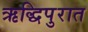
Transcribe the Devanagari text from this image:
ऋद्धिपुरात